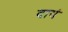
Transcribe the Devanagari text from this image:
दायं